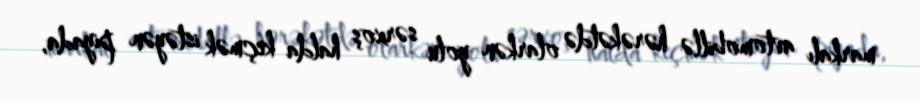
markalı avtomobillə hərəkətdə olarkən yolu sərxoş halda keçmək istəyən piyada,